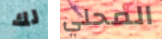
لك المحلي